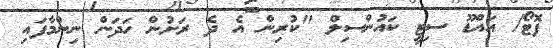
ފޮޓޯ/ އައްޑޫ ސިޓީ ކައުންސިލް "ކުރިން އެ ދެ ރަށުން ހަދަން ނިންމާފައި